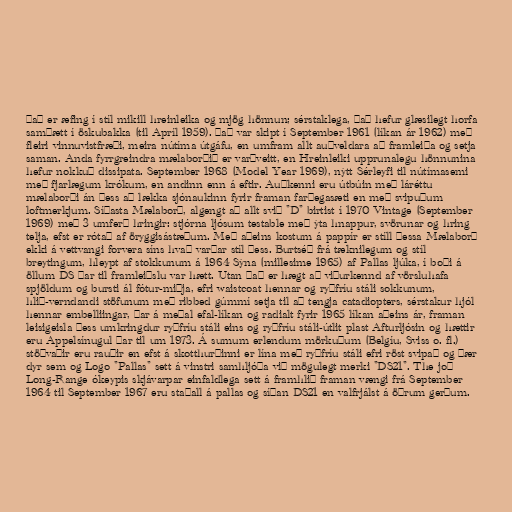
Það er æfing í stíl mikill hreinleika og mjög hönnun; sérstaklega, það hefur glæsilegt horfa
samþætt í öskubakka (til Apríl 1959). Það var skipt í September 1961 (líkan ár 1962) með
fleiri vinnuvistfræði, meira nútíma útgáfu, en umfram allt auðveldara að framleiða og setja
saman. Anda fyrrgreindra mælaborðið er varðveitt, en Hreinleiki upprunalegu hönnunina
hefur nokkuð dissipata. September 1968 (Model Year 1969), nýtt Sérleyfi til nútímasemi
með fjarlægum krókum, en andinn enn á eftir. Auðkenni eru útbúin með láréttu
mælaborði án þess að lækka sjónaukinn fyrir framan farþegasæti en með svipuðum
loftmerkjum. Síðasta Mælaborð, algengt að allt svið "D" birtist í 1970 Vintage (September
1969) með 3 umferð hringir: stjórna ljósum testable með ýta hnappur, svörunar og hring
telja, efst er rótað af öryggisástæðum. Með aðeins kostum á pappír er stíll þessa Mælaborð
ekki á vettvangi forvera síns hvað varðar stíl þess. Burtséð frá tæknilegum og stíl
breytingum, hleypt af stokkunum á 1964 Sýna (millesime 1965) af Pallas ljúka, í boði á
öllum DS þar til framleiðslu var hætt. Utan það er hægt að viðurkennd af vörsluhafa
spjöldum og bursti ál fótur-miðja, efri waistcoat hennar og ryðfríu stáli sokkunum,
hlið-verndandi stöfunum með ribbed gúmmí setja til að tengja catadiopters, sérstakur hjól
hennar embelliingar, þar á meðal efal-líkan og radialt fyrir 1965 líkan aðeins ár, framan
leisigeisla þess umkringdur ryðfríu stáli eins og ryðfríu stáli-útlit plast Afturljósin og hættir
eru Appelsínugul þar til um 1973. Á sumum erlendum mörkuðum (Belgíu, Sviss o. fl.)
stöðvaðir eru rauðir en efst á skotthurðinni er lína með ryðfríu stáli efri röst svipað og þær
dyr sem og Logo "Pallas" sett á vinstri samhljóða við mögulegt merki "DS21". The joð
Long-Range ókeypis skjávarpar einfaldlega sett á framhlið framan vængi frá September
1964 til September 1967 eru staðall á pallas og síðan DS21 en valfrjálst á öðrum gerðum.